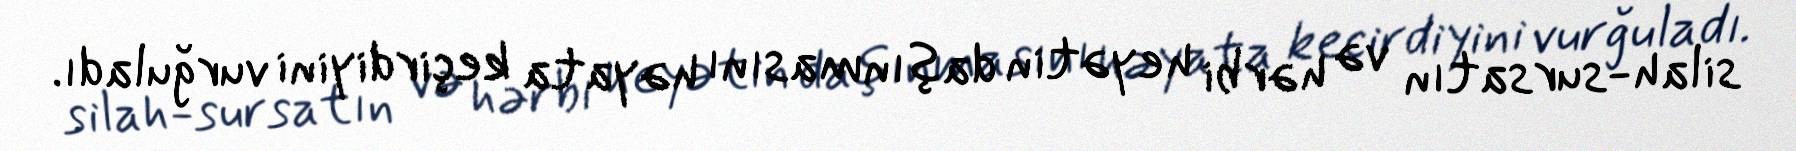
silah-sursatın və hərbi heyətin daşınmasını həyata keçirdiyini vurğuladı.